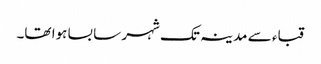
قباء سے مدینہ تک شہر سا بسا ہوا تھا۔